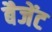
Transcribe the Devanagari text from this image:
बैजेंट